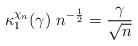
LaTeX: \begin{align*}\kappa^{\chi_n}_{1}(\gamma)\ n^{- \frac{1}{2}} =\frac{\gamma}{\sqrt{n}}\end{align*}